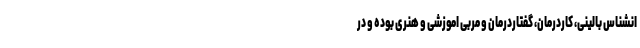
انشناس بالینی، کاردرمان، گفتاردرمان و مربی اموزشی و هنری بوده و در